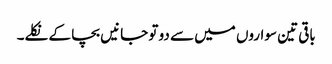
باقی تین سواروں میں سے دو تو جانیں بچا کے نکلے۔